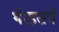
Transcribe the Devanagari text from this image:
थे।इसमें